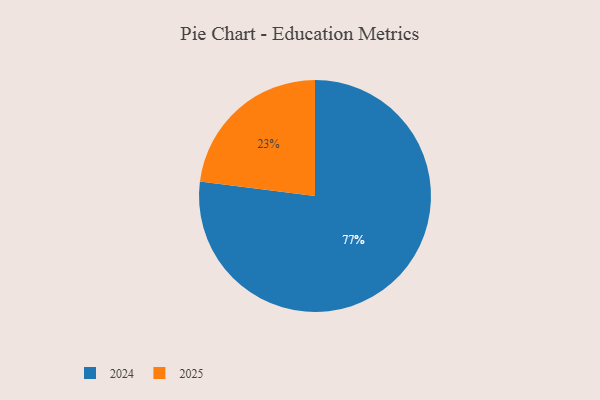
{"axis": {"x": "Category", "y": "Percentage"}, "legend": ["2024", "2025"], "data": [{"x": "2024", "y": 77, "type": "2024"}, {"x": "2025", "y": 23, "type": "2025"}]}